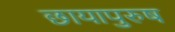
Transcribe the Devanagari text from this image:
छायापुरुष